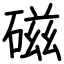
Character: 磁